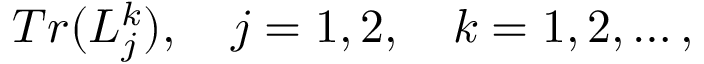
T r ( { \cal L } _ { j } ^ { k } ) , \quad j = 1 , 2 , \quad k = 1 , 2 , \ldots ,